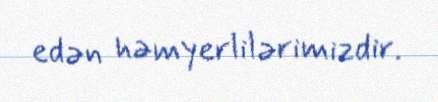
edən həmyerlilərimizdir.